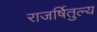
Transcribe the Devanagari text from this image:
राजर्षितुल्य